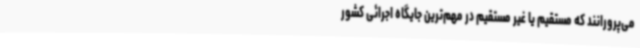
می‌پرورانند که مستقیم یا غیر مستقیم در مهم‌ترین جایگاه اجرائی کشور